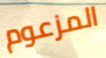
المزعوم